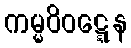
ကမ္မဝိဝဋ္ဋေန